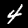
Label: 4